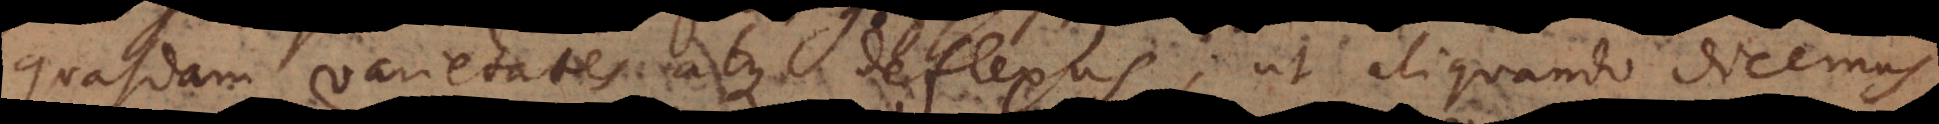
quasdam varietates atque deflexus; ut aliquando dicemus,